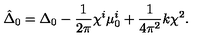
\hat { \Delta } _ { 0 } = \Delta _ { 0 } - \frac { 1 } { 2 \pi } \chi ^ { i } \mu _ { 0 } ^ { i } + \frac { 1 } { 4 \pi ^ { 2 } } k \chi ^ { 2 } .